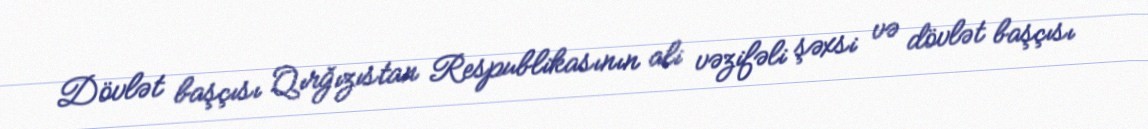
Dövlət başçısı Qırğızıstan Respublikasının ali vəzifəli şəxsi və dövlət başçısı